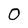
Character: 0